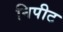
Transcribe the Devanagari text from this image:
निपीट